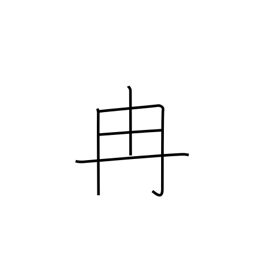
Meaning: tan